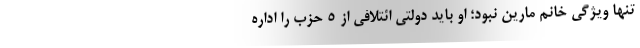
تنها ویژگی خانم مارین نبود؛ او باید دولتی ائتلافی از ۵ حزب را اداره